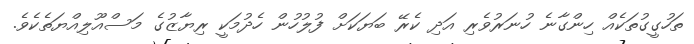
ތަހުގީގުތަކެއް ހިންގާނެ ހުނަރުވެރި އަދި ކެރޭ ބަޔަކަށް ފުލުހުން ހެދުމަކީ ރިޔާޒުގެ މަސްއޫލިއްޔަތެކެވެ.